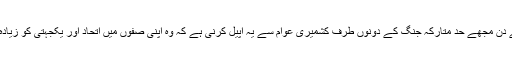
حضرت علامہ اقبال کی برسی کے موقع پراپنے خصوصی پیغام میں انہوں نے کہا کہ آج کے دن مجھے حد متارکہ جنگ کے دونوں طرف کشمیری عوام سے یہ اپیل کرنی ہے کہ وہ اپنی صفوں میں اتحاد اور یکجہتی کو زیادہ مستحکم کرتے ہوئے اپنے قومی مقاصد کے حصول کیلئے زور دار جد وجہد جار ی رکھیں۔